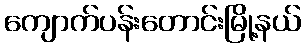
ကျောက်ပန်းတောင်းမြို့နယ်